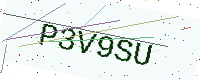
Text: P3V9SU